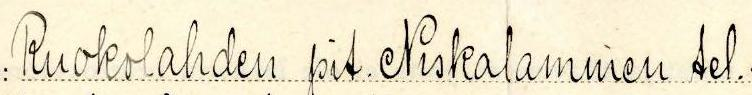
Ruokolahden pit. Niskalammen tel.